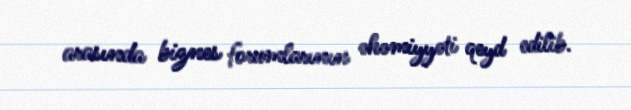
arasında biznes forumlarının əhəmiyyəti qeyd edilib.